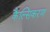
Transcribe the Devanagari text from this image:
कैल्सिकरण